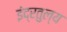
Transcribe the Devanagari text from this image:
इंद्रतुल्य